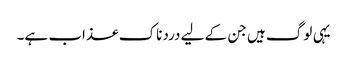
یہی لوگ ہیں جن کے لیے دردناک عذاب ہے۔